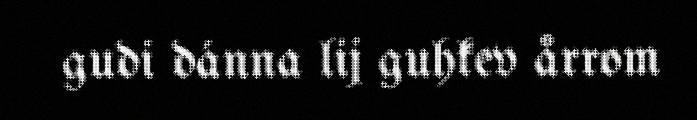
gudi dánna lij guhkev årrom